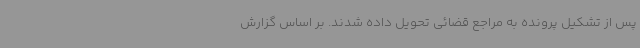
پس از تشکیل پرونده به مراجع قضائی تحویل داده شدند. بر اساس گزارش